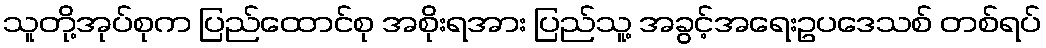
သူတို့အုပ်စုက ပြည်ထောင်စု အစိုးရအား ပြည်သူ့ အခွင့်အရေးဥပဒေသစ် တစ်ရပ်